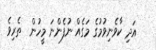
އަދި ކާވެނިވުމުގެ މަގެއް ނުފެންނަ މީހުން  ތެރިވެ